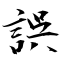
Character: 誤